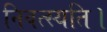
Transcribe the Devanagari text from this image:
निवत्स्यति।